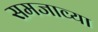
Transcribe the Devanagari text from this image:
समजाव्या